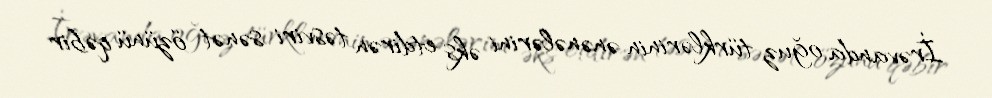
İrəvanda oğuz türklərinin ənənələrini əks etdirən təsviri sənət özünü qəbir